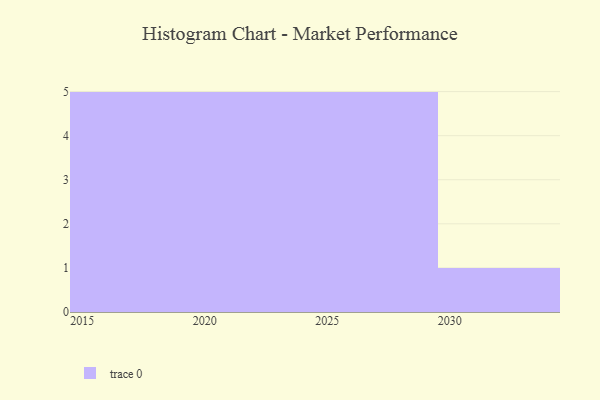
{"axis": {"x": "Year", "y": "Waste Production (Tons)"}, "legend": [""], "data": [{"x": "2030", "y": 26, "type": ""}, {"x": "2024", "y": 80, "type": ""}, {"x": "2017", "y": 35, "type": ""}, {"x": "2022", "y": 67, "type": ""}, {"x": "2029", "y": 81, "type": ""}, {"x": "2028", "y": 69, "type": ""}, {"x": "2026", "y": 84, "type": ""}, {"x": "2023", "y": 78, "type": ""}, {"x": "2018", "y": 8, "type": ""}, {"x": "2016", "y": 7, "type": ""}, {"x": "2015", "y": 46, "type": ""}, {"x": "2025", "y": 95, "type": ""}, {"x": "2021", "y": 2, "type": ""}, {"x": "2020", "y": 71, "type": ""}, {"x": "2027", "y": 37, "type": ""}, {"x": "2019", "y": 60, "type": ""}]}